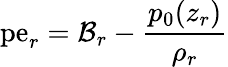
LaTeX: \mathrm{pe}_{r}={\cal B}_{r}-\frac{p_{0}(z_{r})}{\rho_{r}}